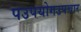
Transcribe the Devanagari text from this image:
पउपयोगउपचार